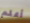
أعلم